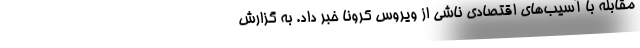
مقابله با آسیب‌های اقتصادی ناشی از ویروس کرونا خبر داد. به گزارش